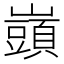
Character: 𡾣